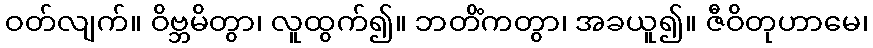
ဝတ်လျက်။ ဝိဗ္ဘမိတွာ၊ လူထွက်၍။ ဘတိံကတွာ၊ အခယူ၍။ ဇီဝိတုဟာမေ၊